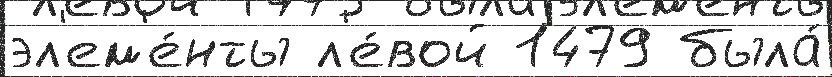
эл'ем'е́нты л'е́вой 1479 была́